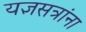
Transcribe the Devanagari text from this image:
यज्ञसत्रांना